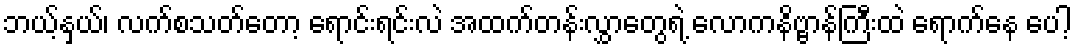
ဘယ့်နှယ်၊ လက်စသတ်တော့ ရောင်းရင်းလဲ အထက်တန်းလွှာတွေရဲ့ လောကနိဗ္ဗာန်ကြီးထဲ ရောက်နေ ပေါ့